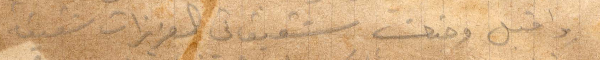
واقبل وجنات شقيقاتي العزيزات شفيقة